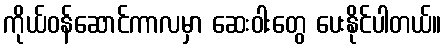
ကိုယ်ဝန်ဆောင်ကာလမှာ ဆေးဝါးတွေ ပေးနိုင်ပါတယ်။